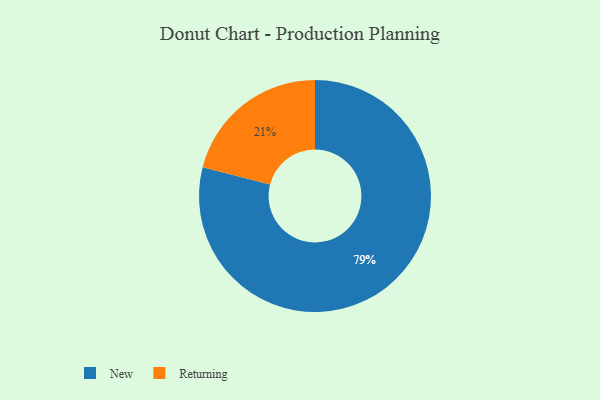
{"axis": {"x": "Category", "y": "Percentage"}, "legend": ["New", "Returning"], "data": [{"x": "New", "y": 79, "type": "New"}, {"x": "Returning", "y": 21, "type": "Returning"}]}